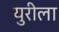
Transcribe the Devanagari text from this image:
युरीला